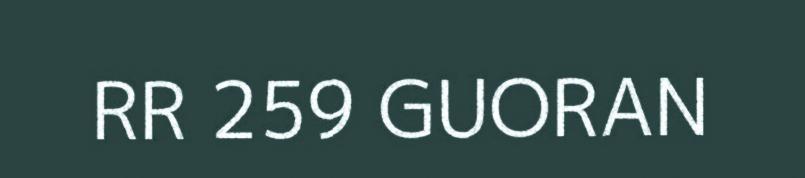
RR 259 GUORAN